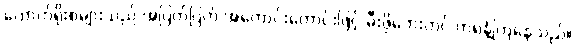
ကောက်ရိုးစများသည် အပြတ်ပြတ် အတောင်းတောင်းဖြင့် မီးဖိုဘေးတွင် တရနံ့ကြဲနေသည်။